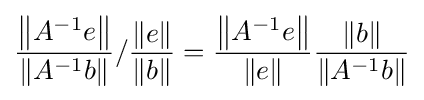
{\frac {\left\|A^{-1}e\right\|}{\left\|A^{-1}b\right\|}}/{\frac {\|e\|}{\|b\|}}={\frac {\left\|A^{-1}e\right\|}{\|e\|}}{\frac {\|b\|}{\left\|A^{-1}b\right\|}}